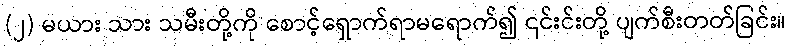
(၂) မယား သား သမီးတို့ကို စောင့်ရှောက်ရာမရောက်၍ ၎င်းင်းတို့ ပျက်စီးတတ်ခြင်း။